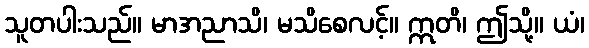
သူတပါးသည်။ မာအညာသိ၊ မသိစေလင့်။ ဣတိ၊ ဤသို့။ ယံ၊